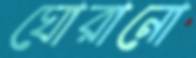
ঘোরানো